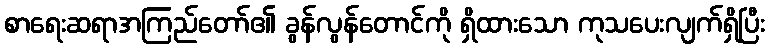
စာရေးဆရာအကြည်တော်၏ ခွန်လွန်တောင်ကို ရှိထားသော ကုသပေးလျက်ရှိပြီး